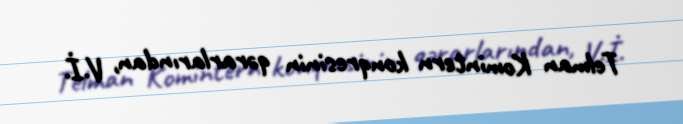
Telman Komintern konqresinin qərarlarından, V.İ.